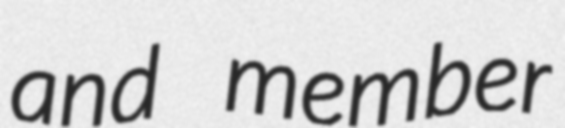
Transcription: and member